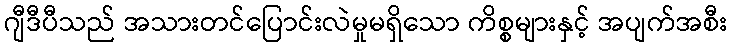
ဂျီဒီပီသည် အသားတင်ပြောင်းလဲမှုမရှိသော ကိစ္စများနှင့် အပျက်အစီး